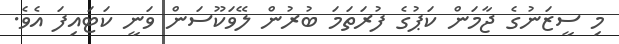
މި ސީޒަނުގެ ޖާމަން ކަޕުގެ ފުރަތަމަ ބުރުން ލޭވަކޫސަން ވަނީ ކަޓައިފަ އެވެ.